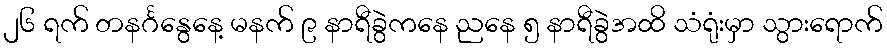
၂၆ ရက် တနင်္ဂနွေနေ့ မနက် ၉ နာရီခွဲကနေ ညနေ ၅ နာရီခွဲအထိ သံရုံးမှာ သွားရောက်